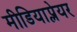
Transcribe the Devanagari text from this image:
मीडियाप्लेयर